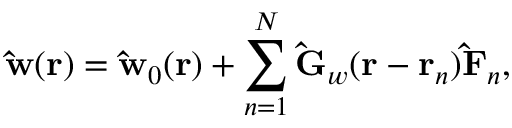
\mathbf { \hat { w } } ( \mathbf { r } ) = \mathbf { \hat { w } } _ { 0 } ( \mathbf { r } ) + \sum _ { n = 1 } ^ { N } \mathbf { \hat { G } } _ { w } ( \mathbf { r } - \mathbf { r } _ { n } ) \mathbf { \hat { F } } _ { n } ,